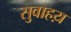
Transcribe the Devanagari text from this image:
सुवाहय़